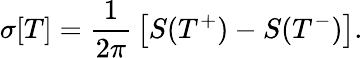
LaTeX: \sigma[T]={\frac{1}{2\pi}}\left[S(T^{+})-S(T^{-})\right].